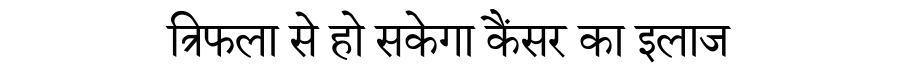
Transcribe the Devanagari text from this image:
त्रिफला से हो सकेगा कैंसर का इलाज